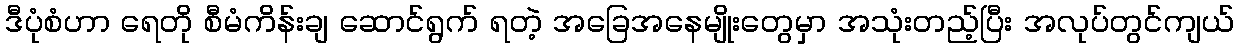
ဒီပုံစံဟာ ရေတို စီမံကိန်းချ ဆောင်ရွက် ရတဲ့ အခြေအနေမျိုးတွေမှာ အသုံးတည့်ပြီး အလုပ်တွင်ကျယ်